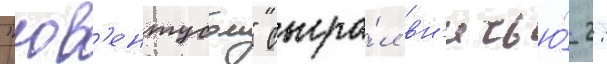
"юв'ентусом" сыгра́л вн'ичью́ 2: